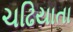
ચઢિયાતા